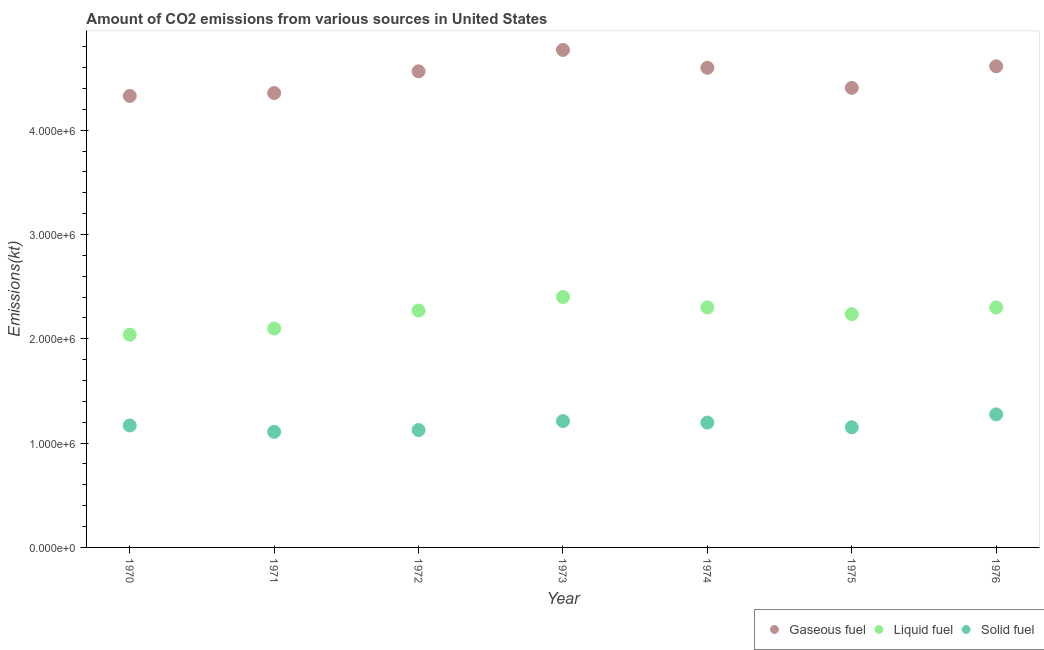
| Year | Gaseous fuel | Liquid fuel | Solid fuel |
 | --- | --- | --- | --- |
 | 1970 | 4.33e+06 | 2.04e+06 | 1.17e+06 |
 | 1971 | 4.36e+06 | 2.1e+06 | 1.11e+06 |
 | 1972 | 4.56e+06 | 2.27e+06 | 1.13e+06 |
 | 1973 | 4.77e+06 | 2.4e+06 | 1.21e+06 |
 | 1974 | 4.6e+06 | 2.3e+06 | 1.2e+06 |
 | 1975 | 4.41e+06 | 2.24e+06 | 1.15e+06 |
 | 1976 | 4.61e+06 | 2.3e+06 | 1.28e+06 |